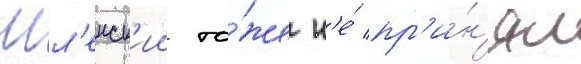
Шл'енск'ии то́же н'е́ пр'и́н'ял